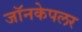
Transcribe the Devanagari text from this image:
जॉनकेपलर